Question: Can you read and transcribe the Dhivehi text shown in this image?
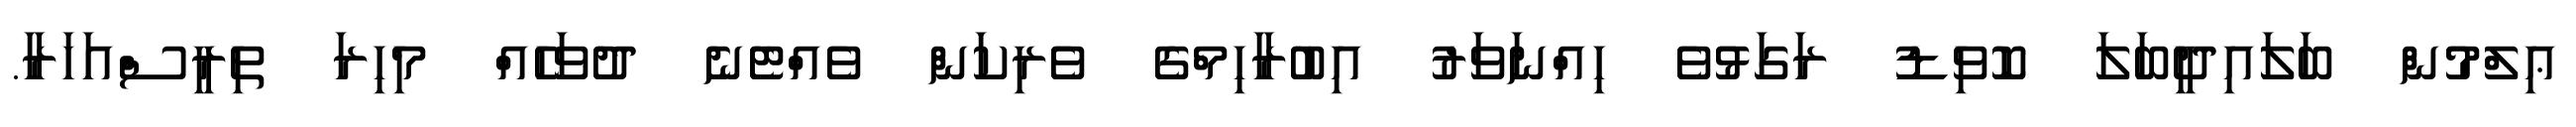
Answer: ޢިލްމުން ބަލައިދީބަލަ ކޮވިޑު ރަގަޅުވެ ހިއްނަވަރު އިބުރާހިމްގެ ވެރިކަން ވެއްޓެނެ ދުވަހެއް މިހިރަ ތިރީސްއަހަރާ.